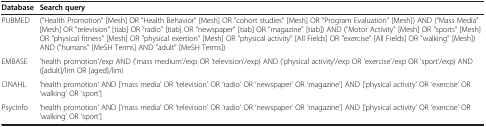
<table><thead><tr><td><b>Database</b></td><td><b>Search query</b></td></tr></thead><tbody><tr><td>PUBMED</td><td>(&quot;Health Promotion&quot; [Mesh] OR &quot;Health Behavior&quot; [Mesh] OR &quot;cohort studies&quot; [Mesh] OR &quot;Program Evaluation&quot; [Mesh]) AND (&quot;Mass Media&quot; [Mesh] OR &quot;television&quot; [tiab] OR &quot;radio&quot; [tiab] OR &quot;newspaper&quot; [tiab] OR &quot;magazine&quot; [tiab]) AND (&quot;Motor Activity&quot; [Mesh] OR &quot;sports&quot; [Mesh] OR &quot;physical fitness&quot; [Mesh] OR &quot;physical exertion&quot; [Mesh] OR &quot;physical activity&quot; [All Fields] OR &quot;exercise&quot; [All Fields] OR &quot;walking&quot; [Mesh]) AND (&quot;humans&quot; [MeSH Terms] AND &quot;adult&quot; [MeSH Terms])</td></tr><tr><td>EMBASE</td><td>&#x27;health promotion&#x27;/exp AND (&#x27;mass medium&#x27;/exp OR &#x27;television&#x27;/exp) AND (&#x27;physical activity&#x27;/exp OR &#x27;exercise&#x27;/exp OR &#x27;sport&#x27;/exp) AND ([adult]/lim OR [aged]/lim)</td></tr><tr><td>CINAHL</td><td>‘health promotion’ AND [‘mass media’ OR ‘television’ OR ‘radio’ OR ‘newspaper’ OR ‘magazine’] AND [‘physical activity’ OR ‘exercise’ OR ‘walking’ OR ‘sport’]</td></tr><tr><td>PsycInfo</td><td>‘health promotion’ AND [‘mass media’ OR ‘television’ OR ‘radio’ OR ‘newspaper’ OR ‘magazine’] AND [‘physical activity’ OR ‘exercise’ OR ‘walking’ OR ‘sport’]</td></tr></tbody></table>